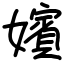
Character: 嬪